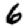
Digit: 6